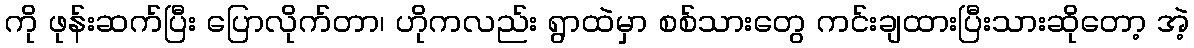
ကို ဖုန်းဆက်ပြီး ပြောလိုက်တာ၊ ဟိုကလည်း ရွာထဲမှာ စစ်သားတွေ ကင်းချထားပြီးသားဆိုတော့ အဲ့